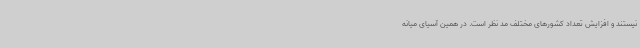
نیستند و افزایش تعداد کشورهای مختلف مد نظر است. در همین آسیای میانه